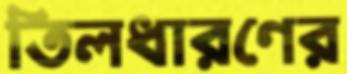
তিলধারণের